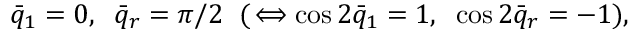
\bar { q } _ { 1 } = 0 , \; \; \bar { q } _ { r } = \pi / 2 \; \; ( \, \Longleftrightarrow \cos 2 \bar { q } _ { 1 } = 1 , \; \; \cos 2 \bar { q } _ { r } = - 1 ) ,